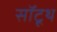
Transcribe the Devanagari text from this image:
सॉटूथ